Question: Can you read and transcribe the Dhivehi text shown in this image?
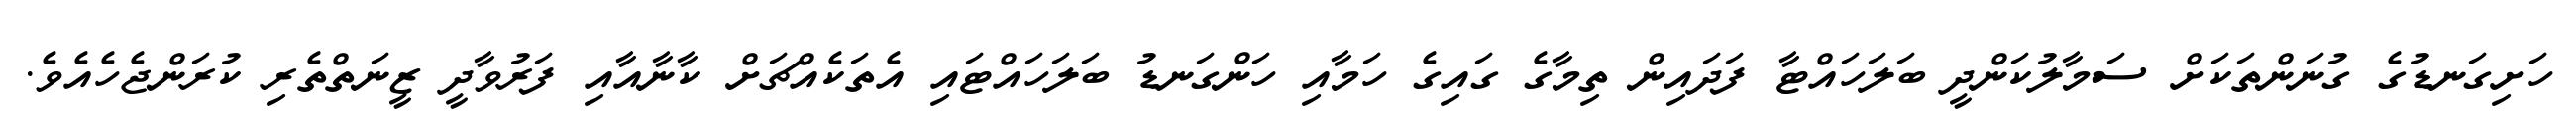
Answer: ހަށިގަނޑުގެ ގުނަންތަކަށް ސަމާލުކަންދީ ބަލަހައްޓާ ފަދައިން ތިމާގެ ގައިގެ ހަމާއި ހަންގަނޑު ބަލަހައްޓައި އެތަކެއްޗަށް ކާނާއާއި ފަރުވާދީ ޒީނަތްތެރި ކުރަންޖެހެއެވެ.